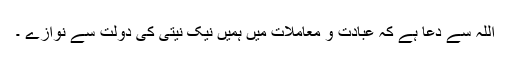
اللہ سے دعا ہے کہ عبادت و معاملات میں ہمیں نیک نیتی کی دولت سے نوازے ۔